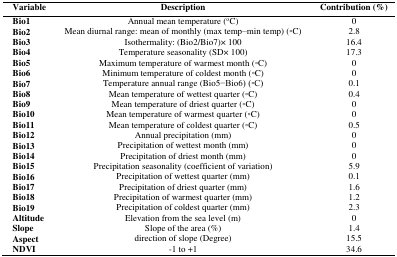
<table><thead><tr><td><b>Variable</b></td><td><b>Description</b></td><td><b>Contribution (%)</b></td></tr></thead><tbody><tr><td><b>Bio1</b></td><td>Annual mean temperature (°C)</td><td>0</td></tr><tr><td><b>Bio2</b></td><td>Mean diurnal range: mean of monthly (max temp–min temp) (°C)</td><td>2.8</td></tr><tr><td><b>Bio3</b></td><td>Isothermality: (Bio2/Bio7)× 100</td><td>16.4</td></tr><tr><td><b>Bio4</b></td><td>Temperature seasonality (SD× 100)</td><td>17.3</td></tr><tr><td><b>Bio5</b></td><td>Maximum temperature of warmest month (°C)</td><td>0</td></tr><tr><td><b>Bio6</b></td><td>Minimum temperature of coldest month (°C)</td><td>0</td></tr><tr><td><b>Bio7</b></td><td>Temperature annual range (Bio5–Bio6) (°C)</td><td>0.1</td></tr><tr><td><b>Bio8</b></td><td>Mean temperature of wettest quarter (°C)</td><td>0.4</td></tr><tr><td><b>Bio9</b></td><td>Mean temperature of driest quarter (°C)</td><td>0</td></tr><tr><td><b>Bio10</b></td><td>Mean temperature of warmest quarter (°C)</td><td>0</td></tr><tr><td><b>Bio11</b></td><td>Mean temperature of coldest quarter (°C)</td><td>0.5</td></tr><tr><td><b>Bio12</b></td><td>Annual precipitation (mm)</td><td>0</td></tr><tr><td><b>Bio13</b></td><td>Precipitation of wettest month (mm)</td><td>0</td></tr><tr><td><b>Bio14</b></td><td>Precipitation of driest month (mm)</td><td>0</td></tr><tr><td><b>Bio15</b></td><td>Precipitation seasonality (coefficient of variation)</td><td>5.9</td></tr><tr><td><b>Bio16</b></td><td>Precipitation of wettest quarter (mm)</td><td>0.1</td></tr><tr><td><b>Bio17</b></td><td>Precipitation of driest quarter (mm)</td><td>1.6</td></tr><tr><td><b>Bio18</b></td><td>Precipitation of warmest quarter (mm)</td><td>1.2</td></tr><tr><td><b>Bio19</b></td><td>Precipitation of coldest quarter (mm)</td><td>2.3</td></tr><tr><td><b>Altitude</b></td><td>Elevation from the sea level (m)</td><td>0</td></tr><tr><td><b>Slope</b></td><td>Slope of the area (%)</td><td>1.4</td></tr><tr><td><b>Aspect</b></td><td>direction of slope (Degree)</td><td>15.5</td></tr><tr><td><b>NDVI</b></td><td>−1 to +1</td><td>34.6</td></tr></tbody></table>